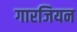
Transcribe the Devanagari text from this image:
गारजियन